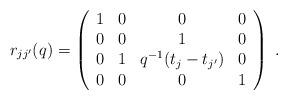
LaTeX: \begin{align*}r_{jj^{\prime }}(q)=\left( \begin{array}{cccc}1 & 0 & 0 & 0 \\ 0 & 0 & 1 & 0 \\ 0 & 1 & q^{-1}(t_{j}-t_{j^{\prime }}) & 0 \\ 0 & 0 & 0 & 1\end{array}\right) \;. \end{align*}